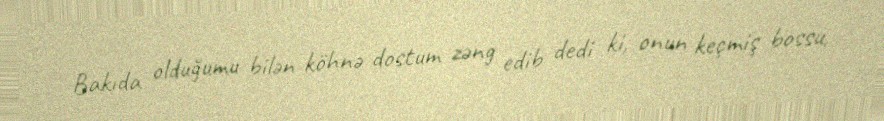
Bakıda olduğumu bilən köhnə dostum zəng edib dedi ki, onun keçmiş bossu,